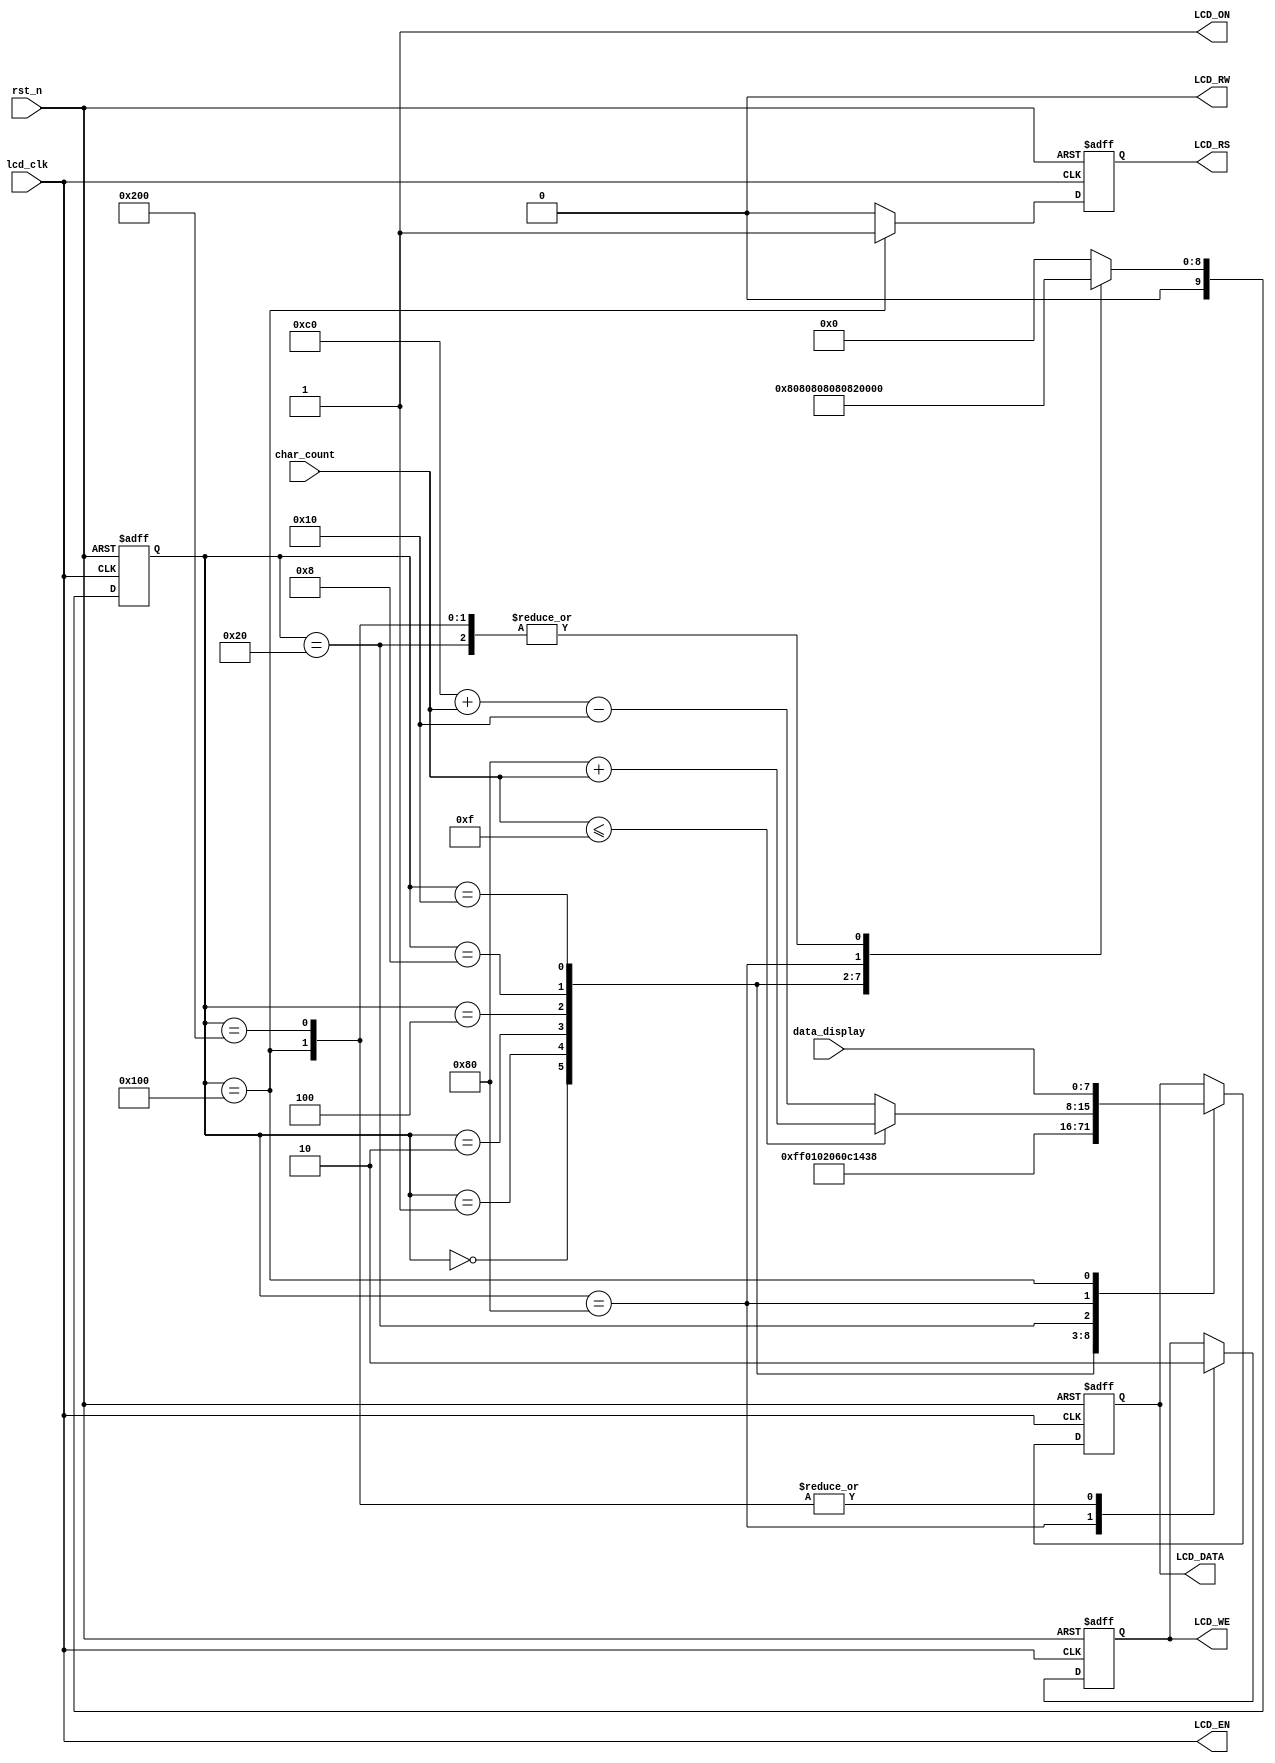
`define LINE_1 15   //the number of line 1
`define LINE_2 31   //the number of line 1 and line 2
//=========================================================
// Company:  Jackin
//
// Design Name:   LCD_1602   
// Module Name:   LCD_1602   
// Project Name:  LCD_1602   
// Target Device: EP2C35F672
// Tool versions: Modelsim SE PLUS 6.2b  &  Quartus II 9.0 
// Description:   CFAH1602B-TMC-JP port
//              
// Dependencies:
// 
// Revision:
// Additional Comments:
//=========================================================
module LCD1602_Master
(
	input            rst_n,
	input[4:0]       char_count,
	input[7:0]       data_display,
	input            lcd_clk,
	output reg[7:0]  LCD_DATA,//8-bit LCD DATA
	output           LCD_RW,//LCD Read/Write Select,0=Write,1=Read
	output           LCD_EN,//LCD Enable
	output reg       LCD_RS,//LCD Command/Data select,0=Command,1=Data
	output           LCD_ON,//LCD Power ON/OFF,0=OFF,1=ON
	output reg       LCD_WE
);

assign    LCD_ON = 1'b1;
assign    LCD_RW = 1'b0;
assign    LCD_EN = lcd_clk;
initial   LCD_WE = 1'b0;
reg[9:0]  state;

parameter     IDLE = 10'b00_0000_0000; //initial state
parameter    CLEAR = 10'b00_0000_0001; //clear
parameter   RETURN = 10'b00_0000_0010; //return home
parameter     MODE = 10'b00_0000_0100; //entry mode set
parameter  DISPLAY = 10'b00_0000_1000; //display ON/OFF control
parameter   SHIFT  = 10'b00_0001_0000; //cursor or display shift
parameter FUNCTION = 10'b00_0010_0000; //function set
parameter    CGRAM = 10'b00_0100_0000; //set CGRAM address
parameter    DDRAM = 10'b00_1000_0000; //set DDRAM address
parameter    WRITE = 10'b01_0000_0000; //write data to RAM
parameter     WAIT = 10'b10_0000_0000;

always@(posedge lcd_clk or negedge rst_n)
begin
    if(!rst_n)
       LCD_RS <= 1'b0;
    else if(state == WRITE)
       LCD_RS <= 1'b1;
    else
       LCD_RS <= 1'b0;
end

always@(posedge lcd_clk or negedge rst_n)
begin
	if(!rst_n)
	begin
		state <= IDLE;
		LCD_DATA <= 8'b1111_1111;
		LCD_WE <= 1'b0;
	end
	else
	begin
		case(state)
			IDLE:
			begin  
				state <= CLEAR;
				LCD_DATA <= 8'b1111_1111;
			end
			CLEAR:
			begin  
				state <= RETURN;
				LCD_DATA <= 8'b0000_0001;
			end
			RETURN:
			begin  
					state <= MODE;
				LCD_DATA <= 8'b0000_0010;
			end
			MODE:
			begin  
				state <= DISPLAY;
				LCD_DATA <= 8'b0000_0110;
			end
			DISPLAY:
			begin  
				state <= SHIFT;
				LCD_DATA <= 8'b0000_1100;
			end
			SHIFT:
			begin  
				state <= FUNCTION;
				LCD_DATA <= 8'b0001_0100;
			end
			FUNCTION:
			begin
				state <= DDRAM;
				LCD_DATA <= 8'b0011_1000;
			end
			DDRAM:
			begin
				state <= WRITE;
				LCD_WE <= 1'b1;
				if(char_count <= `LINE_1)
					LCD_DATA <= 8'b1000_0000 + char_count;//line 1
				else
					LCD_DATA <= 8'b1100_0000 + char_count - 5'd16;//line 2
			end
			WRITE:
			begin
				state <= DDRAM;
				LCD_WE <= 1'b0;
				LCD_DATA <= data_display;
			end
			WAIT:
			begin
				state <= DDRAM;
				LCD_WE <= 1'b0;
			end
		default:state <= IDLE;
		endcase   
	end
end
endmodule